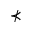
\nprec